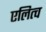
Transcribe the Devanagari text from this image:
एलित्च